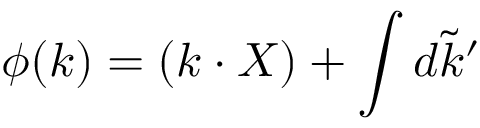
\phi ( k ) = ( k \cdot X ) + \int d \tilde { k } ^ { \prime }